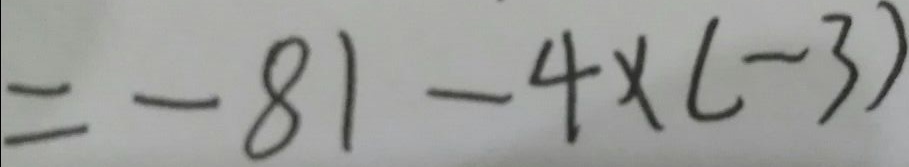
= - 8 1 - 4 \times ( - 3 )